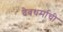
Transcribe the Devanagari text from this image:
देवधर्माची